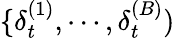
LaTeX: \{ \delta_{t}^{(1)},\cdots,\delta_{t}^{(B)})